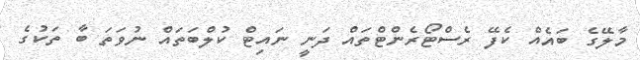
މާލޭގެ ބައެއް ކެފޭ ރެސްޓޯރެންޓްތައް ދަނީ ނައިޓް ކުލްބަތައް ނުވަތަ ބާ ތަކުގެ